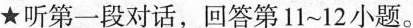
★听第一段对话,回答第11~12小题.